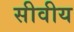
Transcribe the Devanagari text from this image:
सीवीय